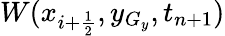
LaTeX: W(x_{i+\frac{1}{2}},y_{G_{y}},t_{n+1})